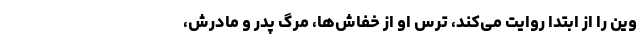
وین را از ابتدا روایت می‌کند، ترس او از خفاش‌ها، مرگ پدر و مادرش،